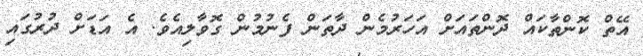
އޭތް ކޮންތާކައް ދޮންތައަށް އަހަރުމެން ދާތަން ފެނުމުން ގޮވާލިއެވެ. އެ އަޑަށް ދުރުގައި